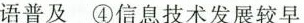
语普及④信息技术发展较早